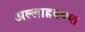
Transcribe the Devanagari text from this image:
अल्लाहबक्श